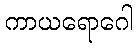
ကာယရောဂေါ